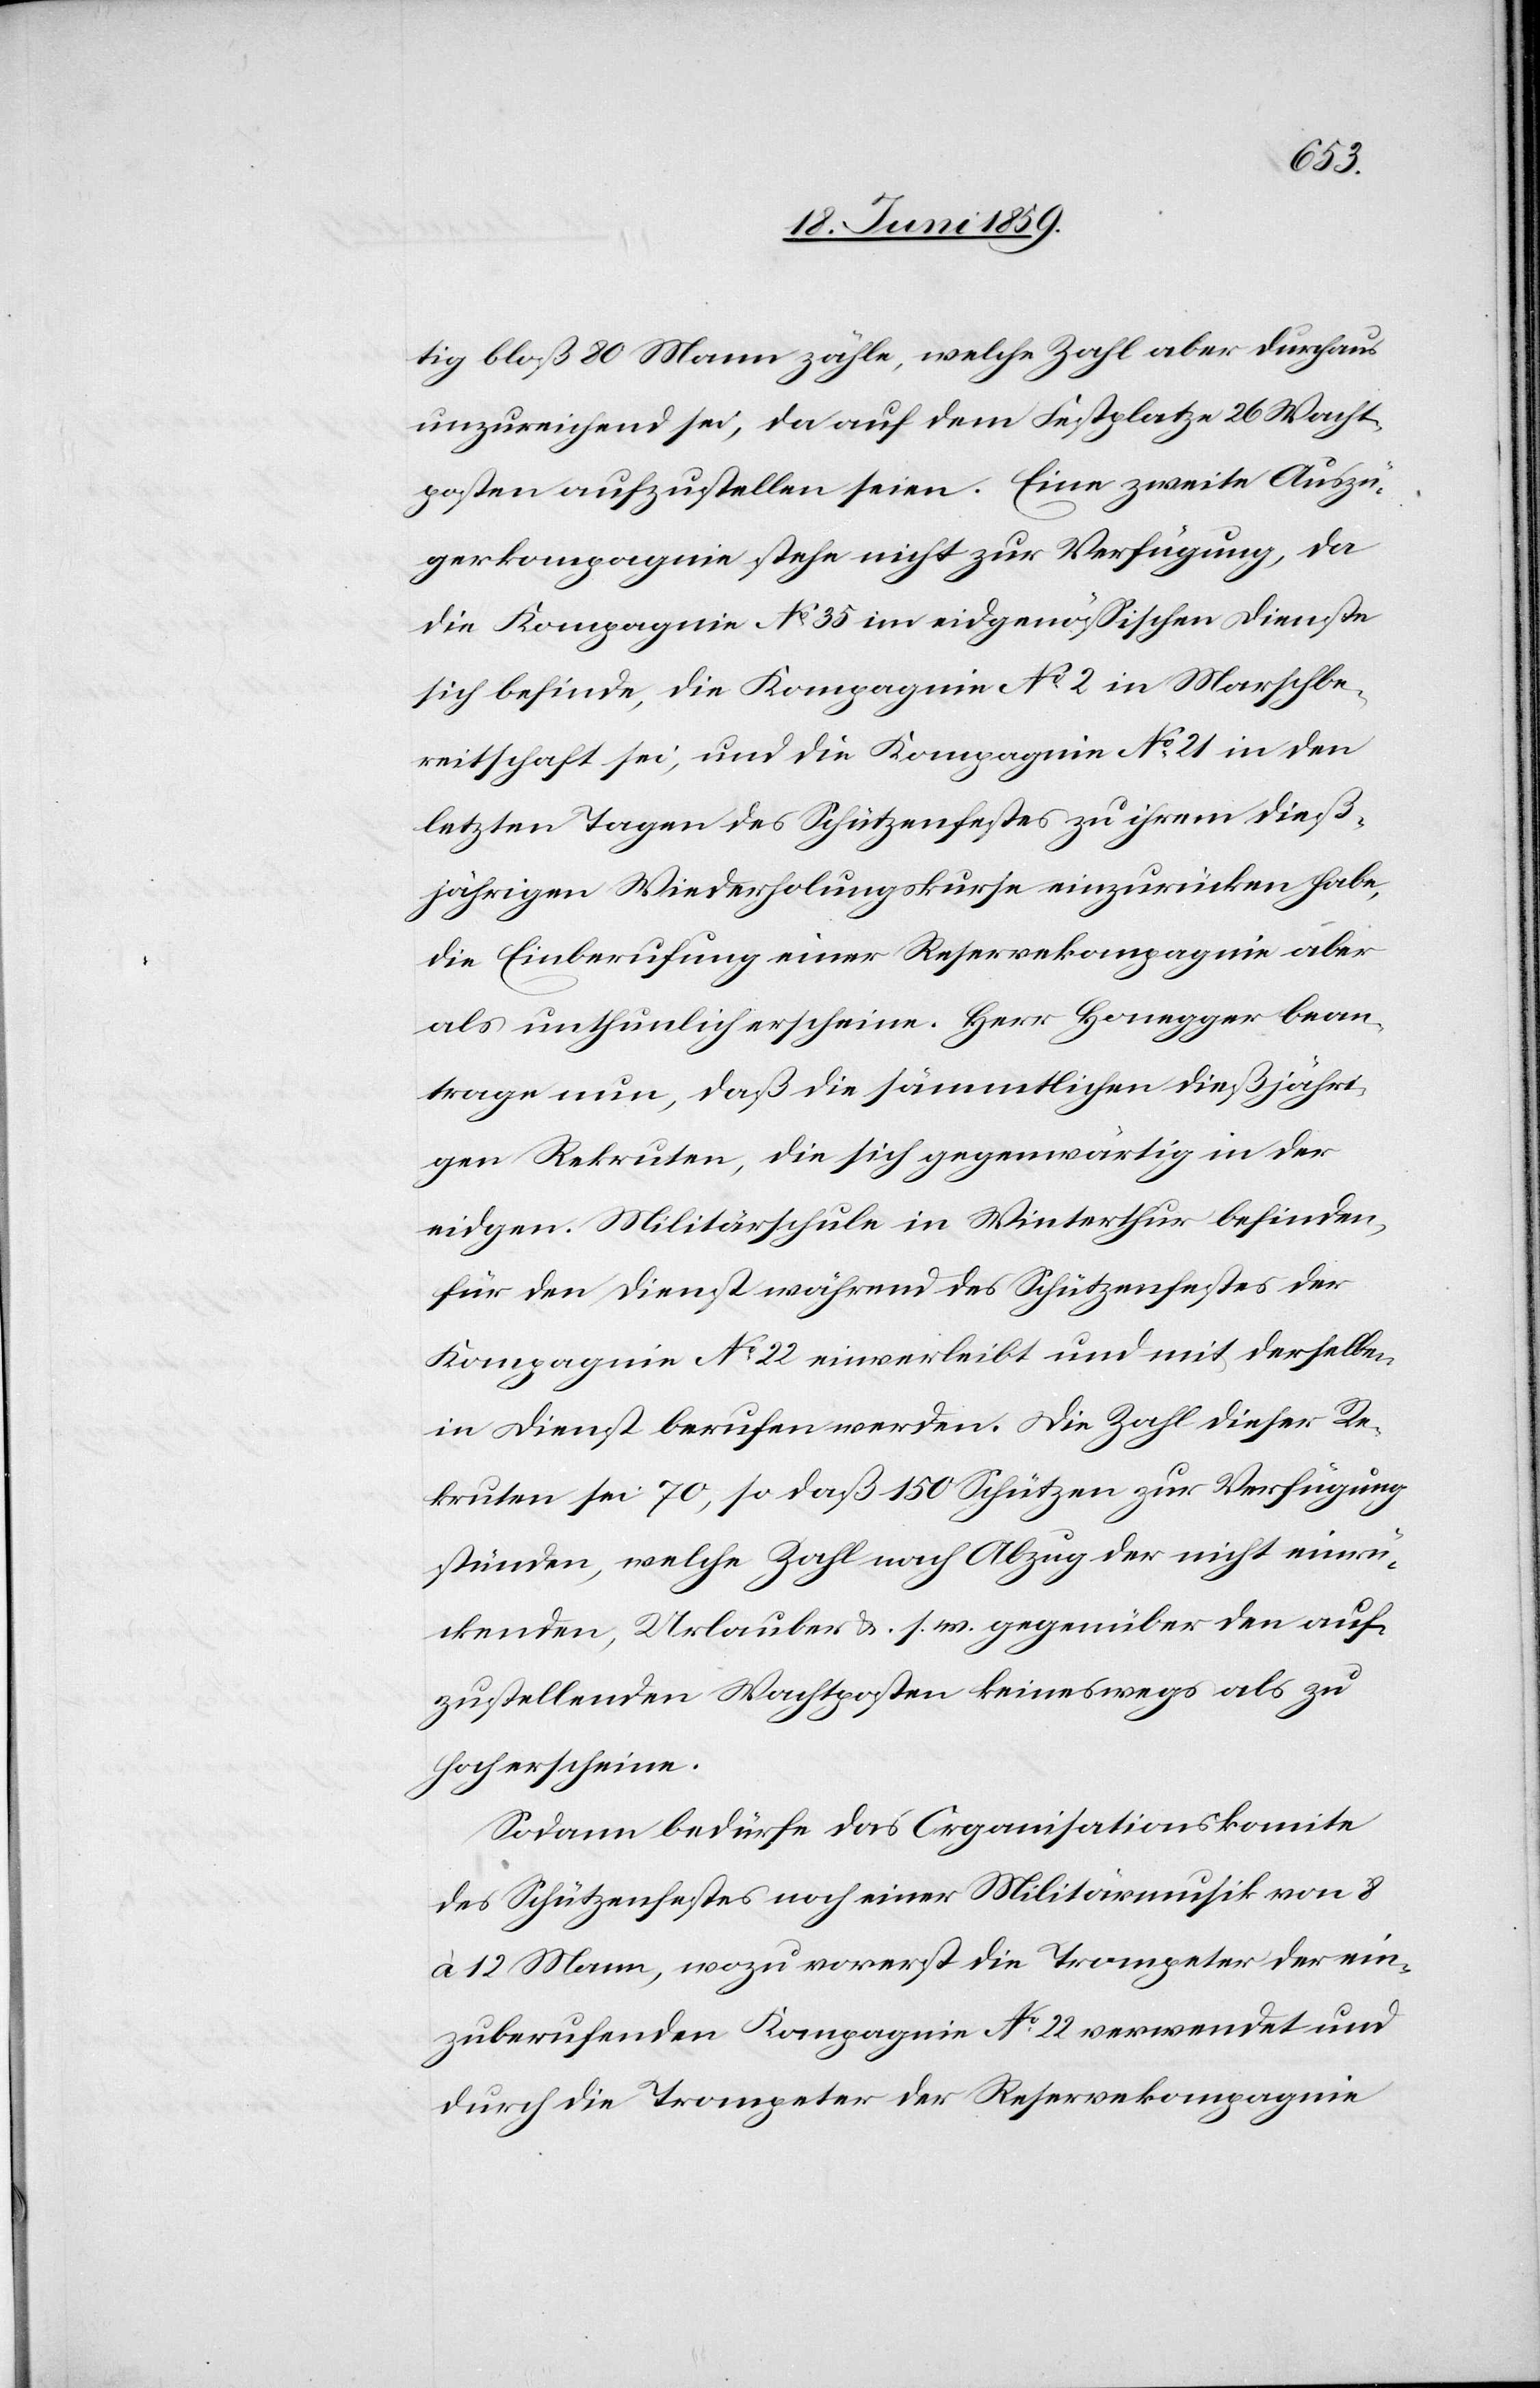
Marschbe¬
tig bloß 80 Mann zähle, welche Zahl aber durchaus
unzureichend sei, da auf dem Festplatze 26 Wacht¬
posten aufzustellen seien. Eine zweite Auszü¬
gerkompagnie stehe nicht zur Verfügung, da
reitschaft sei, und die Kompagnie No. 21 in den
letzten Tagen des Schützenfestes zu ihrem dieß¬
jährigen Wiederholungskurse einzurücken habe,
die Einberufung einer Reservekompagnie aber
als unthunlich erscheine. Herr Honegger bean¬
trage nun, daß die sämmtlichen dießjähri¬
gen Rekruten, die sich gegenwärtig in der
eidgen. Militärschule in Winterthur befinden,
für den Dienst während des Schützenfestes der
Kompagnie No. 22 einverleibt und mit derselben
in Dienst berufen werden. Die Zahl dieser Re¬
kruten sei 70, so daß 150 Schützen zur Verfügung
stünden, welche Zahl nach Abzug der nicht einrü¬
ckenden, Urlauber u. s. w. gegenüber den auf¬
zustellenden Wachtposten keineswegs als zu
hoch erscheine.
Sodann bedürfe das Organisationskomite
des Schützenfestes noch einer Militärmusik von 8
12 Mann, wozu vorerst die Trompeter der ein¬
zuberufenden Kompagnie No. 22 verwendet und
durch die Trompeter der Reservekompagnie